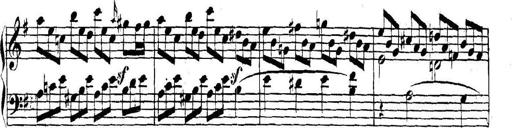
Title: Collected Piano Sonatas
Composer: Muzio Clementi